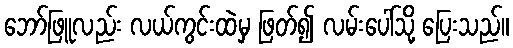
ဘော်ဖြူလည်း လယ်ကွင်းထဲမှ ဖြတ်၍ လမ်းပေါ်သို့ ပြေးသည်။